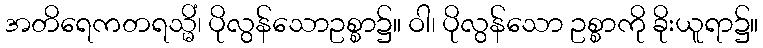
အတိရေကတရသ္မိံ၊ ပိုလွန်သောဥစ္စာ၌။ ဝါ၊ ပိုလွန်သော ဥစ္စာကို ခိုးယူရာ၌။